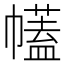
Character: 𢅤